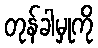
တုန်ခါမှုကို